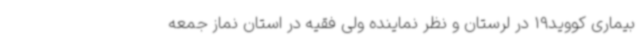
بیماری کووید19 در لرستان و نظر نماینده ولی فقیه در استان نماز جمعه